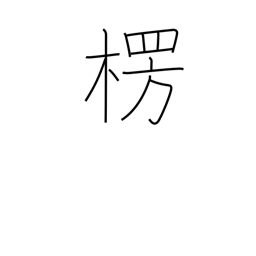
Meaning: protrusion